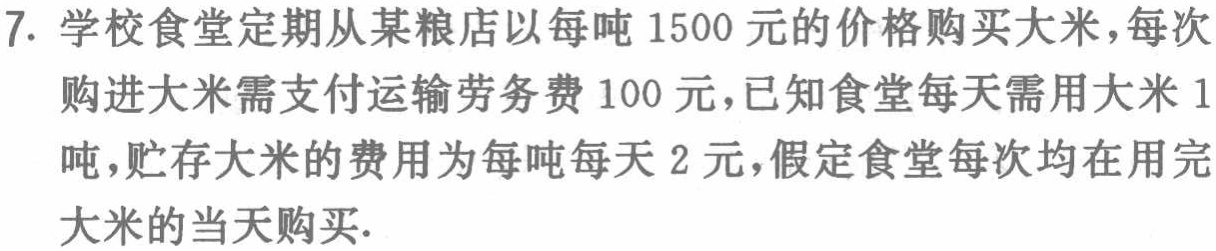
7. 学校食堂定期从某粮店以每吨1500元的价格购买大米，每次购进大米需支付运输劳务费100元，已知食堂每天需用大米1吨，贮存大米的费用为每吨每天2元，假定食堂每次均在用完大米的当天购买.